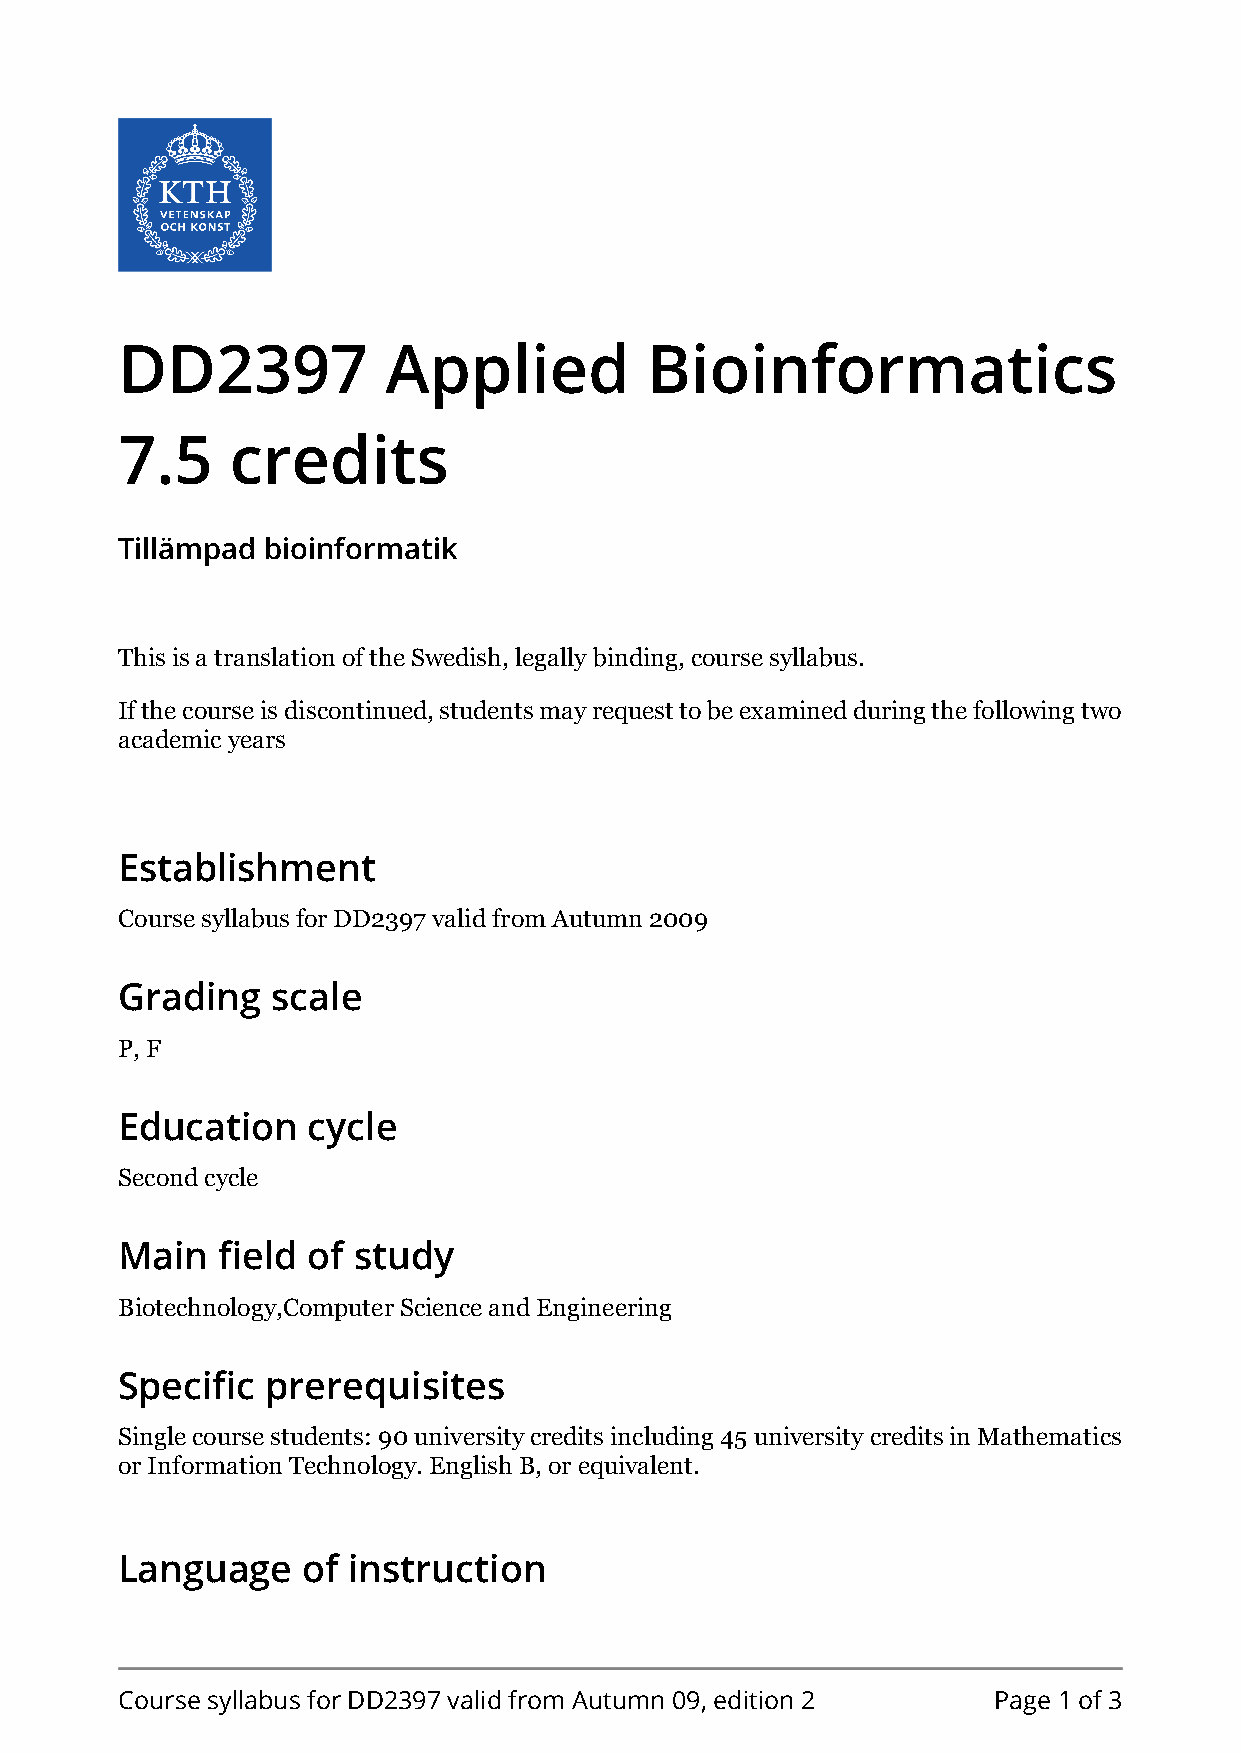
DD2397            Applied          Bioinformatics
 7.5    credits
 Tillämpad bioinformatik
 This is a translation of the Swedish, legally binding, course syllabus.
 If the course is discontinued, students may request to be examined during the following two
 academic years
 Establishment
 Course syllabus for DD2397 valid from Autumn 2009
 Grading   scale
 P, F
 Education   cycle
 Second cycle
 Main  field of study
 Biotechnology,Computer Science and Engineering
 Specific  prerequisites
 Single course students: 90 university credits including 45 university credits in Mathematics
 or Information Technology. English B, or equivalent.
 Language    of instruction
 Course syllabus for DD2397 valid from Autumn 09, edition 2 Page 1 of 3